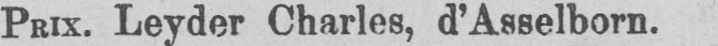
Prix. Leyder Charles, d’Asselborn.